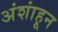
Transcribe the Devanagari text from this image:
अंशांहून